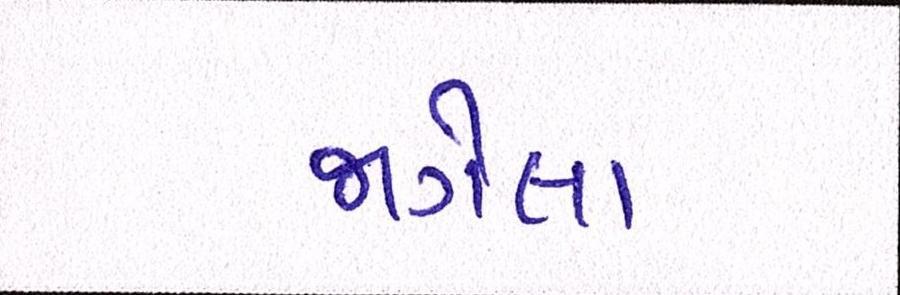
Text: જાગેલા